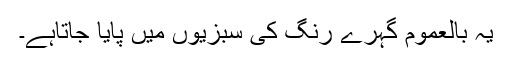
یہ بالعموم گہرے رنگ کی سبزیوں میں پایا جاتاہے۔